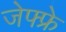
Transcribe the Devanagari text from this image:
जेफ्फ्रे